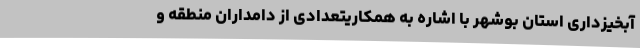
آبخیزداری استان بوشهر با اشاره به همکاریتعدادی از دامداران منطقه و